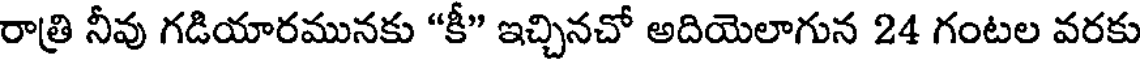
రాత్రి నీవు గడియారమునకు "కీ" ఇచ్చినచో అదియెలాగున 24 గంటల వరకు